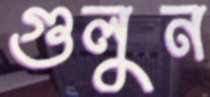
গুলুন